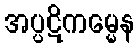
အပ္ပဋိကမ္မေန